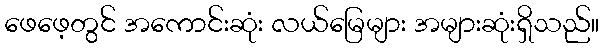
ဖေဖေ့တွင် အကောင်းဆုံး လယ်မြေများ အများဆုံးရှိသည်။